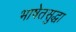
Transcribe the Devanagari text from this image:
भाषेतसुद्धा